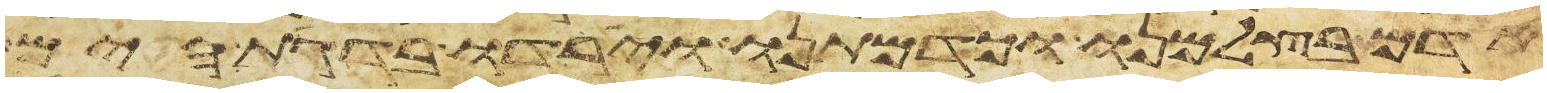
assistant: אדם בצלמנו וכדמותנו וירדו בדגת הים